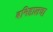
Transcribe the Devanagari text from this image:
बनिहालचा